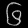
Digit: ၆